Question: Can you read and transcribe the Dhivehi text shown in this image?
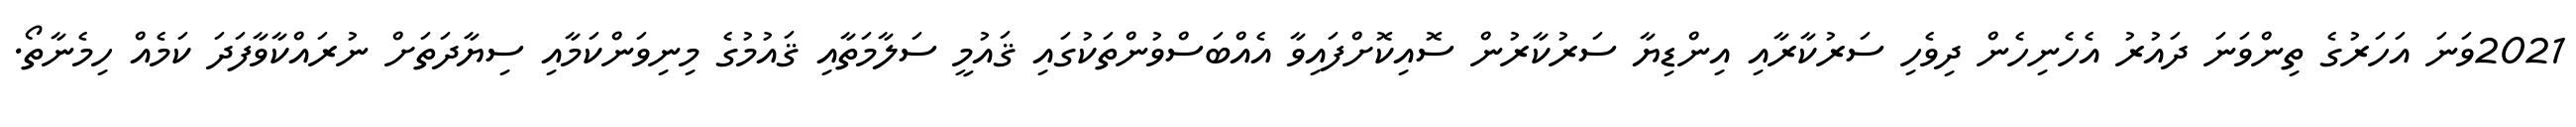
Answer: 2021ވަނަ އަހަރުގެ ތިންވަނަ ދައުރު އެހެނިހެން ދިވެހި ސަރުކާރާއި އިންޑިޔާ ސަރުކާރުން ސޮއިކޮށްފައިވާ އެއްބަސްވުންތަކުގައި ޤައުމީ ސަލާމަތާއި ޤައުމުގެ މިނިވަންކަމާއި ސިޔާދަތަށް ނުރައްކާވާފަދަ ކަމެއް ހިމެނާތޯ.